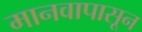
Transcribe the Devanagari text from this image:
मानवापासून